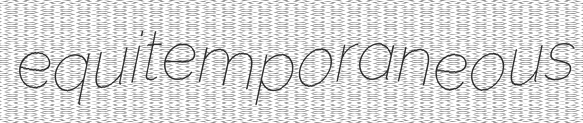
equitemporaneous